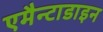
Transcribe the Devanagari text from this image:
एमैन्टाडाइन